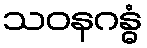
သဝနဂန္ဓံ